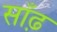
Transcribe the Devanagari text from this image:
साँढ़़